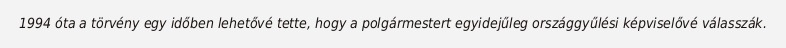
1994 óta a törvény egy időben lehetővé tette, hogy a polgármestert egyidejűleg országgyűlési képviselővé válasszák.